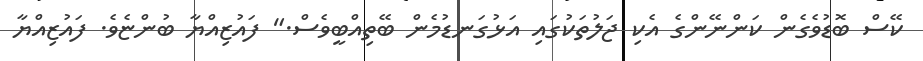
ކޭސް ބޮޑުވެގެން ކަންނޭންގެ އެކި ޖަލުތަކުގައި އަޅުގަނޑުމެން ބޭތިއްބީވެސް." ފައުޒިއްޔާ ބުންޏެވެ. ފައުޒިއްޔާ